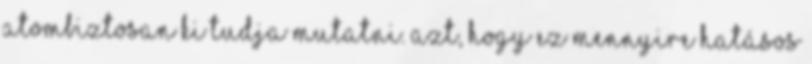
atombiztosan ki tudja mutatni. Azt, hogy ez mennyire hatásos